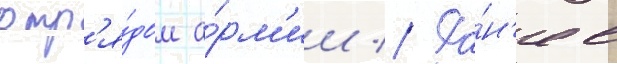
отр'я́дом а́рм'ии // Ра́н'ее